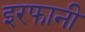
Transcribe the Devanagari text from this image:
इरफानी